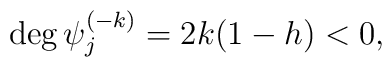
{\rm deg}\,\psi_j^{(-k)}=2k(1-h)<0,